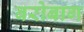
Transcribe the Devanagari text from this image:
बरोबाग